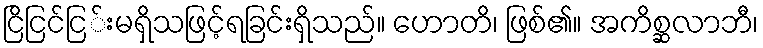
ငြိငြင်ငြ်းမရှိသဖြင့်ရခြင်းရှိသည်။ ဟောတိ၊ ဖြစ်၏။ အကိစ္ဆလာဘီ၊